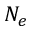
N _ { e }